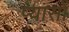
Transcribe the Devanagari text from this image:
प्यासों